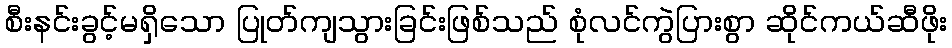
စီးနင်းခွင့်မရှိသော ပြုတ်ကျသွားခြင်းဖြစ်သည် စုံလင်ကွဲပြားစွာ ဆိုင်ကယ်ဆီဖိုး